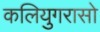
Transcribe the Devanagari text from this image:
कलियुगरासो